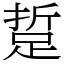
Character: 踅